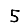
Digit: 5